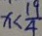
x < \frac { 1 9 } { 4 }